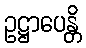
ဥဋ္ဌာပေန္တိ